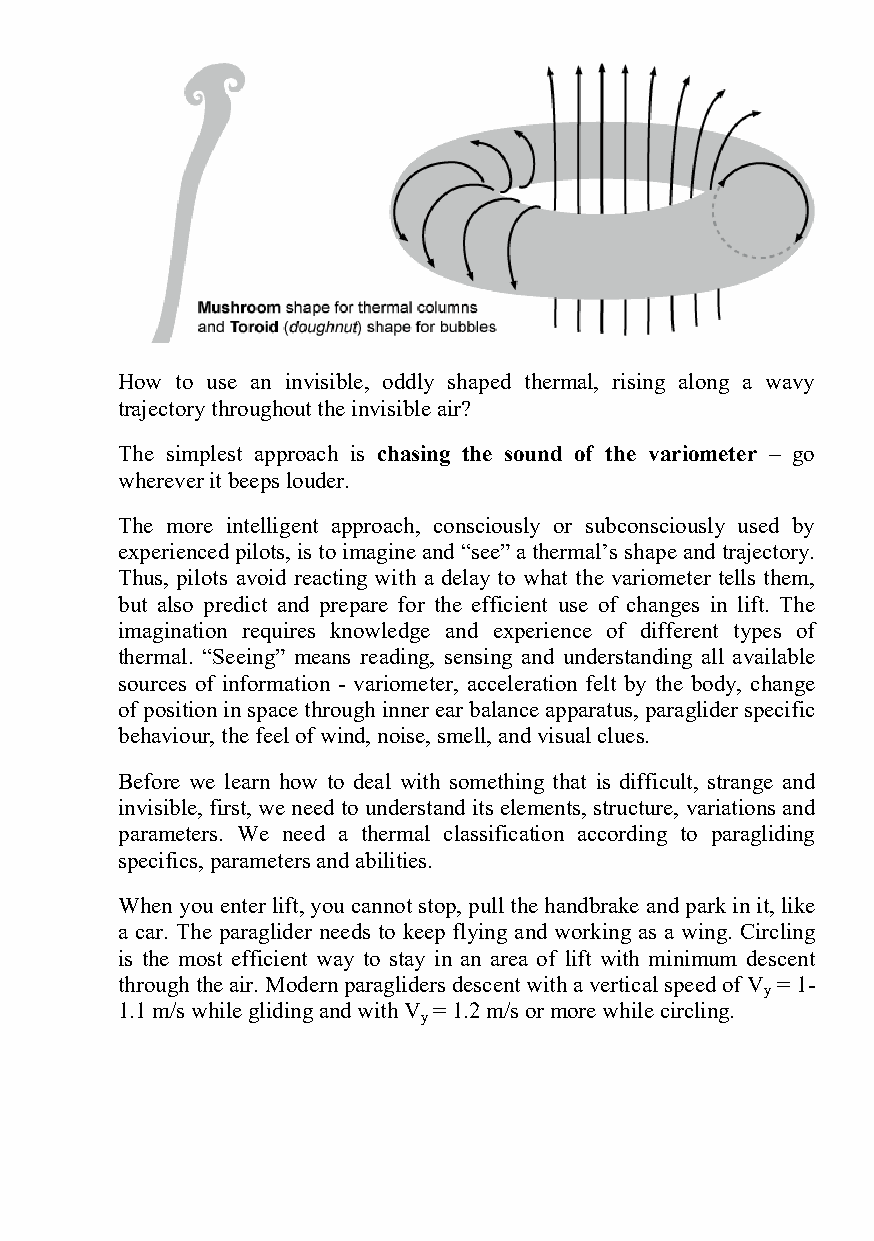
How to use an invisible, oddly shaped thermal, rising along a wavy
 trajectory throughout the invisible air?
 The simplest approach is chasing the sound of the variometer – go
 wherever it beeps louder.
 The more intelligent approach, consciously or subconsciously used by
 experienced pilots, is to imagine and “see” a thermal’s shape and trajectory.
 Thus, pilots avoid reacting with a delay to what the variometer tells them,
 but also predict and prepare for the efficient use of changes in lift. The
 imagination requires knowledge and experience of different types of
 thermal. “Seeing” means reading, sensing and understanding all available
 sources of information - variometer, acceleration felt by the body, change
 of position in space through inner ear balance apparatus, paraglider specific
 behaviour, the feel of wind, noise, smell, and visual clues.
 Before we learn how to deal with something that is difficult, strange and
 invisible, first, we need to understand its elements, structure, variations and
 parameters. We need a thermal classification according to paragliding
 specifics, parameters and abilities.
 When you enter lift, you cannot stop, pull the handbrake and park in it, like
 a car. The paraglider needs to keep flying and working as a wing. Circling
 is the most efficient way to stay in an area of lift with minimum descent
 through the air. Modern paragliders descent with a vertical speed of V = 1-
 y
 1.1 m/s while gliding and with V = 1.2 m/s or more while circling.
 y